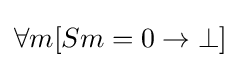
\forall m[Sm=0\rightarrow \bot ]